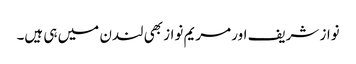
نواز شریف اور مریم نواز بھی لندن میں ہی ہیں۔